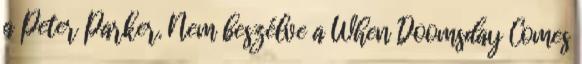
a Peter Parker. Nem beszélve a When Doomsday Comes